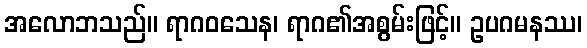
အလောဘသည်။ ရာဂဝသေန၊ ရာဂ၏အစွမ်းဖြင့်။ ဥပဂမနဿ၊